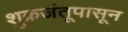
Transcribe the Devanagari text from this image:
शुक्रजंतूपासून